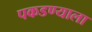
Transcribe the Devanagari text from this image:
पकडण्याला